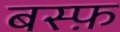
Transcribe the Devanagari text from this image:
बस्फ़